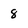
Character: 8